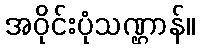
အဝိုင်းပုံသဏ္ဌာန်။